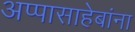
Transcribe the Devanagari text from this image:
अप्पासाहेबांना